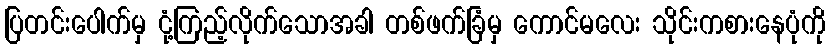
ပြတင်းပေါက်မှ ငုံ့ကြည့်လိုက်သောအခါ တစ်ဖက်ခြံမှ ကောင်မလေး သိုင်းကစားနေပုံကို